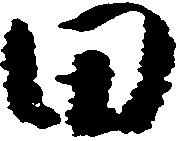
田